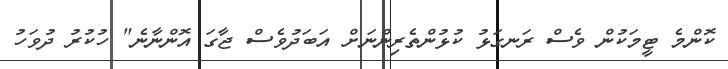
ކޮންމެ ޓީމަކުން ވެސް ރަނގަޅު ކުޅުންތެރިންނަށް އަބަދުވެސް ޖާގަ އޮންނާނެ" ހުކުރު ދުވަހު